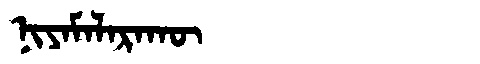
Manchu: ᠨᡳᠶᠠᠮᠠᠯᠠᡵᠠᡴᡡ
Romanization: NIYAMALARAKŪ